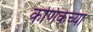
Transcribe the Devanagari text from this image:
कणिकेच्या